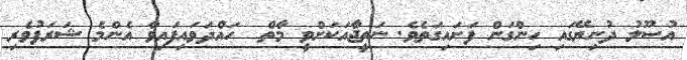
އުސޫލު ދުނިޔޭގައި ހިންގަން ފަށައިގަތެވެ. ނަތީޖާއަކަށްވީ މާތް  ހައްދަވައިފައިވާ އެންމެ ޝަރަފުވެރި